Indian Civil Veterinary Department memoirs
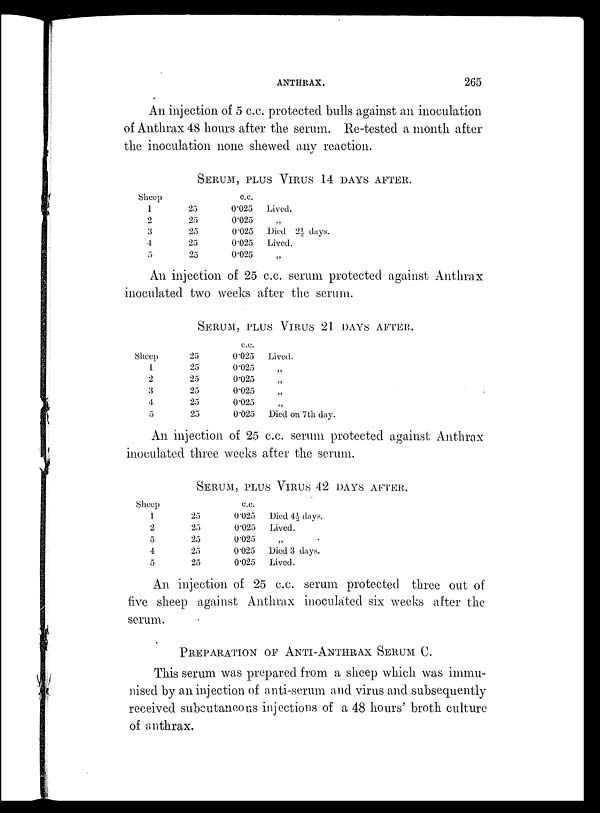
ANTHRAX.
265
An injection of 5 c.c. protected bulls against an inoculation
of Anthrax 48 hours after the serum. Re-tested a month after
the inoculation none shewed any reaction.
SERUM, PLUS VIRUS 14 DAYS AFTER.
Sheep
1
2
3
4
5
25
25
25
25
25
c.c.
0.025
0.025
0.025
0.025
0.025
Lived.
„
Died 2½ days.
Lived.
„
An injection of 25 c.c. serum protected against Anthrax
inoculated two weeks after the serum.
SERUM, PLUS VIRUS 21 DAYS AFTER.
Sheep
1
2
3
4
5
25
25
25
25
25
25
c.c.
0.025
0.025
0.025
0.025
0.025
0.025
Lived.
„
„
„
„
Died on 7th day.
An injection of 25 c.c. serum protected against Anthrax
inoculated three weeks after the serum.
SERUM, PLUS VIRUS 42 DAYS AFTER.
Sheep
1
2
5
4
5
25
25
25
25
25
c.c.
0.025
0.025
0.025
0.025
0.025
Died 4½ days.
Lived.
„
Died 3 days.
Lived.
An injection of 25 c.c. serum protected three out of
five sheep against Anthrax inoculated six weeks after the
serum.
PREPARATION OF ANTI-ANTERAX SERUN C.
This serum was prepared from a sheep which was immu-
nised by an injection of anti-serum and virus and subsequently
received subcutaneous injections of a 48 hours' broth culture
of anthrax.